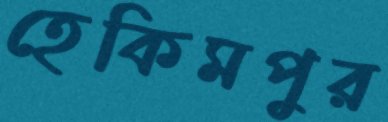
হেকিমপুর